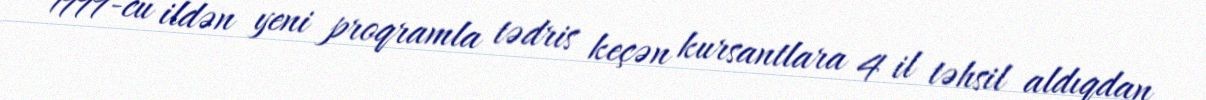
1999-cu ildən yeni proqramla tədris keçən kursantlara 4 il təhsil aldıqdan